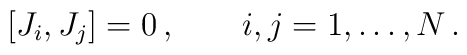
[J_i,J_j]=0\,,\qquad i,j=1,\dots,N\,.